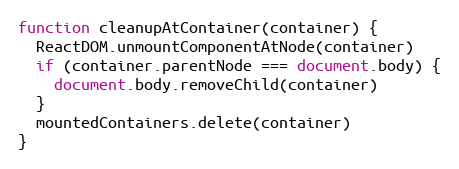
Language: JavaScript
function cleanupAtContainer(container) {
  ReactDOM.unmountComponentAtNode(container)
  if (container.parentNode === document.body) {
    document.body.removeChild(container)
  }
  mountedContainers.delete(container)
}